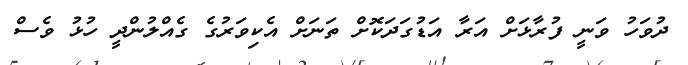
ދުވަހު ވަނީ ފުރާޅަށް އަރާ އަޑުގަދަކޮށް ތަނަށް އެކިވަރުގެ ގެއްލުންދީ ހުޅު ވެސް